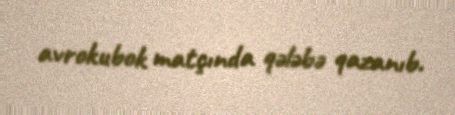
avrokubok matçında qələbə qazanıb.